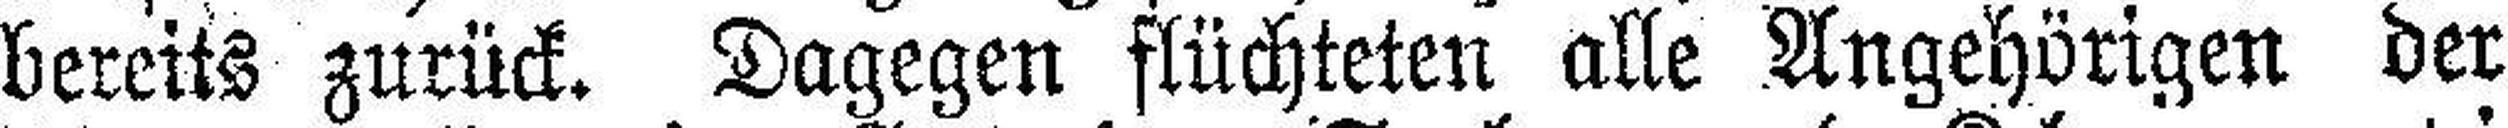
bereits zurück. Dagegen flüchteten alle Angehörigen der